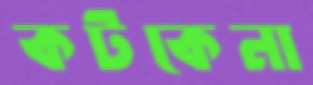
কটকেনা